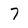
Character: 7